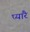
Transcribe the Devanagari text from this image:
प्यारै